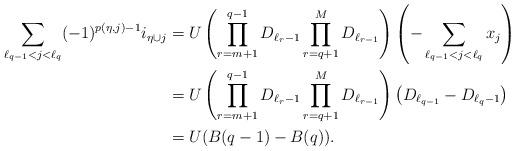
LaTeX: \begin{align*}\sum_{ \ell_{q-1}<j <\ell_q} (-1)^{p(\eta,j)-1} i_{\eta \cup j}&= U\left(\prod_{r=m+1}^{q-1}{D_{\ell_{r}-1}} \prod_{r=q+1}^{M}{D_{\ell_{r-1}}}\right)\left(-\sum_{\ell_{q-1}<j<\ell_q}{x_{j}}\right) \\&= U\left(\prod_{r=m+1}^{q-1}{D_{\ell_{r}-1}} \prod_{r=q+1}^{M}{D_{\ell_{r-1}}}\right)\left(D_{\ell_{q-1}}-D_{\ell_q-1}\right) \\&= U(B(q-1)-B(q)). \end{align*}